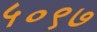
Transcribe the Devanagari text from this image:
५०९७